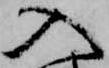
入